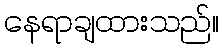
နေရာချထားသည်။